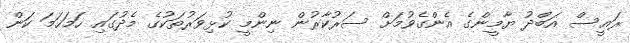
ރައީސް އަބްދު ޔާމީންގެ އެންގެވުމަށް ސަރުކާރުން ނިންމީ ކުޅިވަރުތަކުގެ މެދުގައި ހަމަހަމަ ކަން